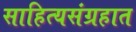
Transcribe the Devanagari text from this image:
साहित्यसंग्रहात